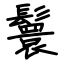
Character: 鬟